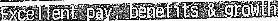
EXCELLENT PAY BENEFITS & GROWTH